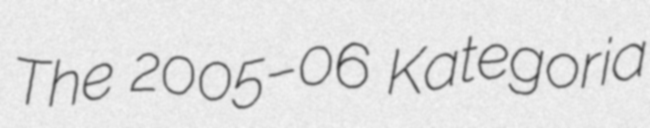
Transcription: The 2005–06 Kategoria